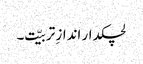
لچکدار اندازِ تربیّت۔